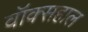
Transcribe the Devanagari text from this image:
वॉक्सहाल